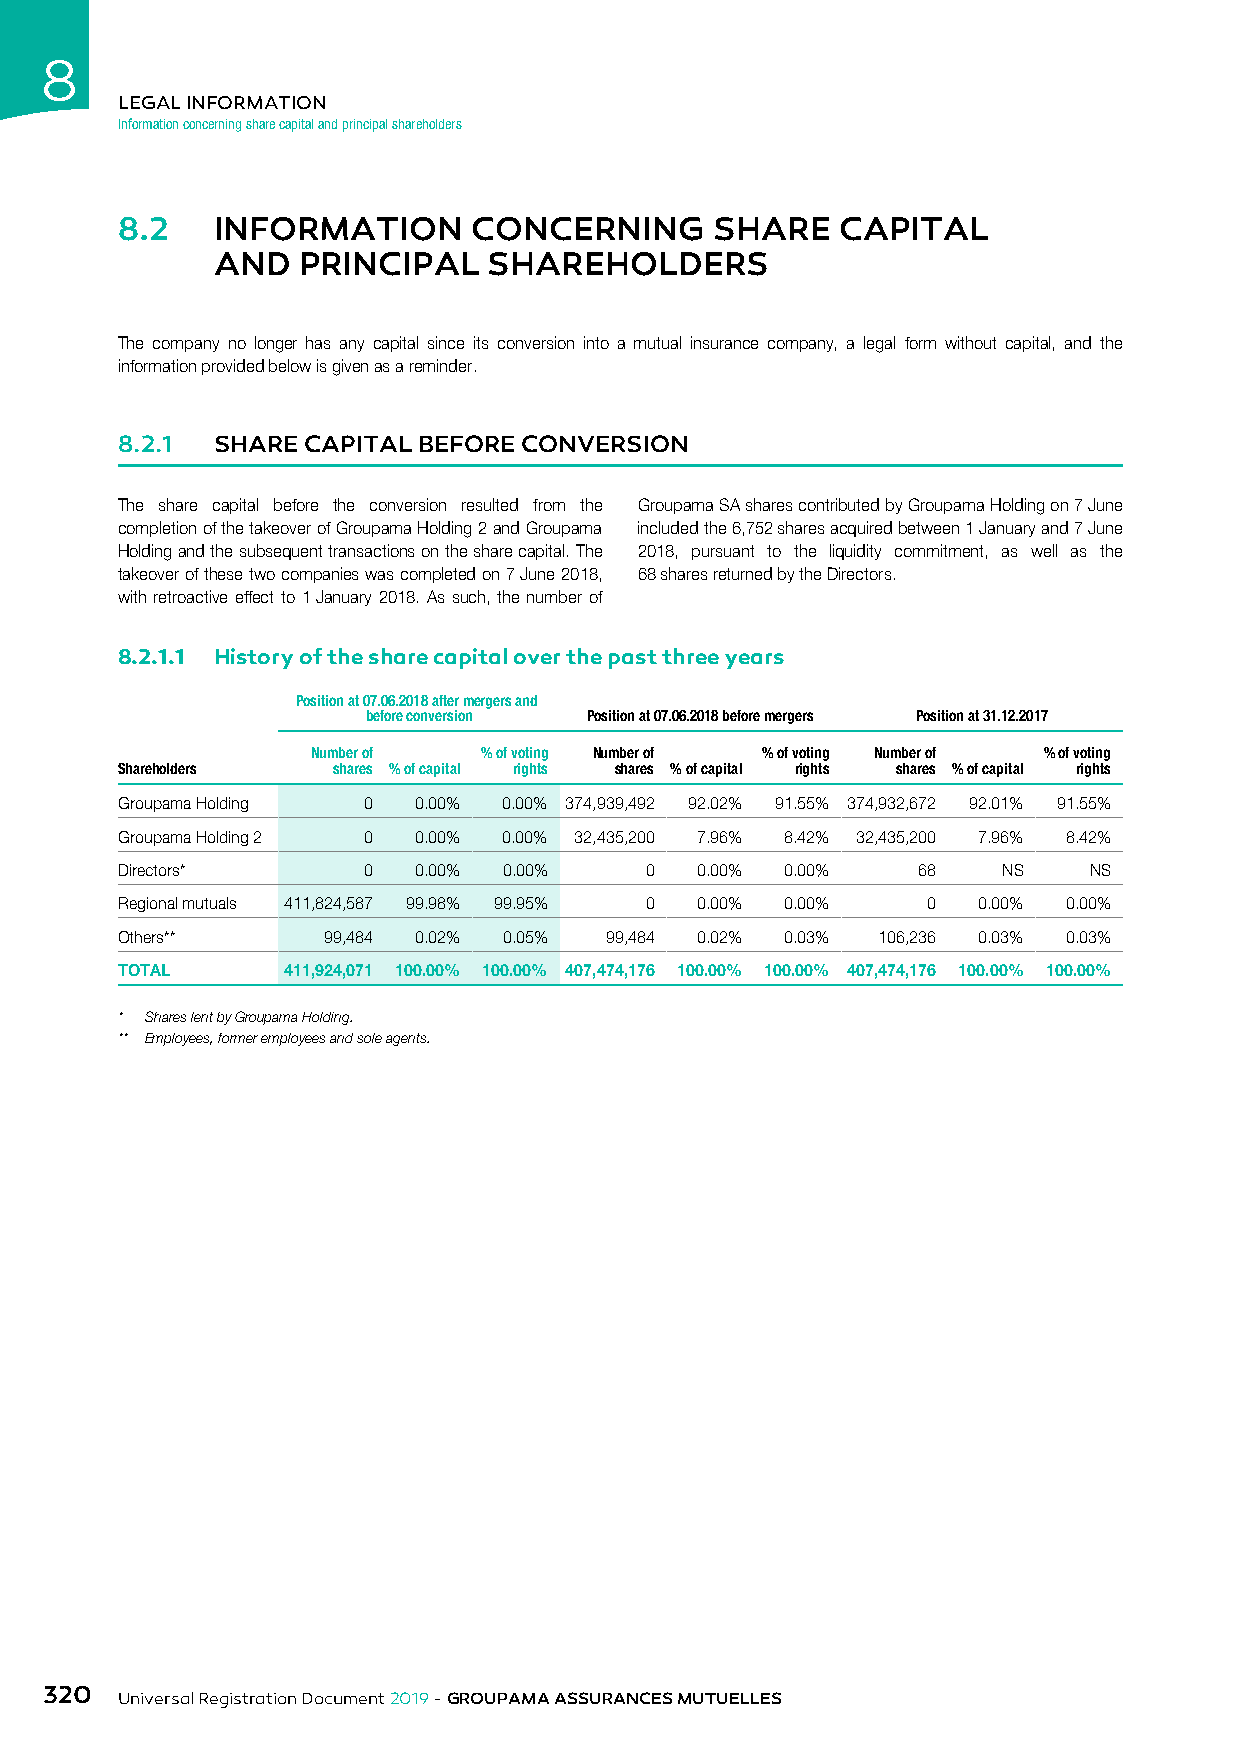
8
 LEGAL INFORMATION
 Information concerning share capital and principal shareholders
 8.2   INFORMATION      CONCERNING      SHARE    CAPITAL
 AND   PRINCIPAL   SHAREHOLDERS
 The company no longer has any capital since its conversion into a mutual insurance company, a legal form without capital, and the
 information provided below is given as a reminder.
 8.2.1 SHARE CAPITAL BEFORE CONVERSION
 The share capital before the conversion resulted from the Groupama SA shares contributed by Groupama Holding on 7 June
 completion of the takeover of Groupama Holding 2 and Groupama included the 6,752 shares acquired between 1 January and 7 June
 Holding and the subsequent transactions on the share capital. The 2018, pursuant to the liquidity commitment, as well as the
 takeover of these two companies was completed on 7 June 2018, 68 shares returned by the Directors.
 with retroactive effect to 1 January 2018. As such, the number of
 8.2.1.1 History of the share capital over the past three years
 Position at 07.06.2018 after mergers and
 before conversion Position at 07.06.2018 before mergers Position at 31.12.2017
 Number of  % of voting Number of % of voting Number of % of voting
 Shareholders  shares % of capital rights shares % of capital rights shares % of capital rights
 Groupama Holding 0 0.00% 0.00% 374,939,492 92.02% 91.55% 374,932,672 92.01% 91.55%
 Groupama Holding 2 0 0.00% 0.00% 32,435,200 7.96% 8.42% 32,435,200 7.96% 8.42%
 Directors*      0  0.00% 0.00%     0  0.00% 0.00%    68   NS    NS
 Regional mutuals 411,824,587 99.98% 99.95% 0 0.00% 0.00% 0 0.00% 0.00%
 Others**     99,484 0.02% 0.05% 99,484 0.02% 0.03% 106,236 0.03% 0.03%
 TOTAL      411,924,071 100.00% 100.00% 407,474,176 100.00% 100.00% 407,474,176 100.00% 100.00%
 * Shares lent by Groupama Holding.
 ** Employees, former employees and sole agents.
 320
 Universal Registration Document 2019 - GROUPAMA ASSURANCES MUTUELLES